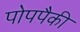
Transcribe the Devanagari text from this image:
पोपपैकी